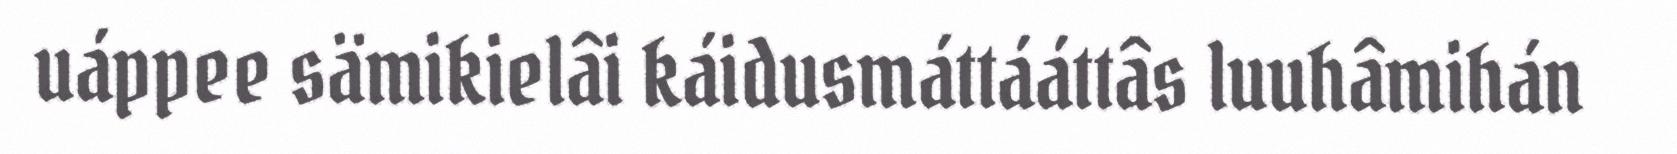
uáppee sämikielâi káidusmáttááttâs luuhâmihán